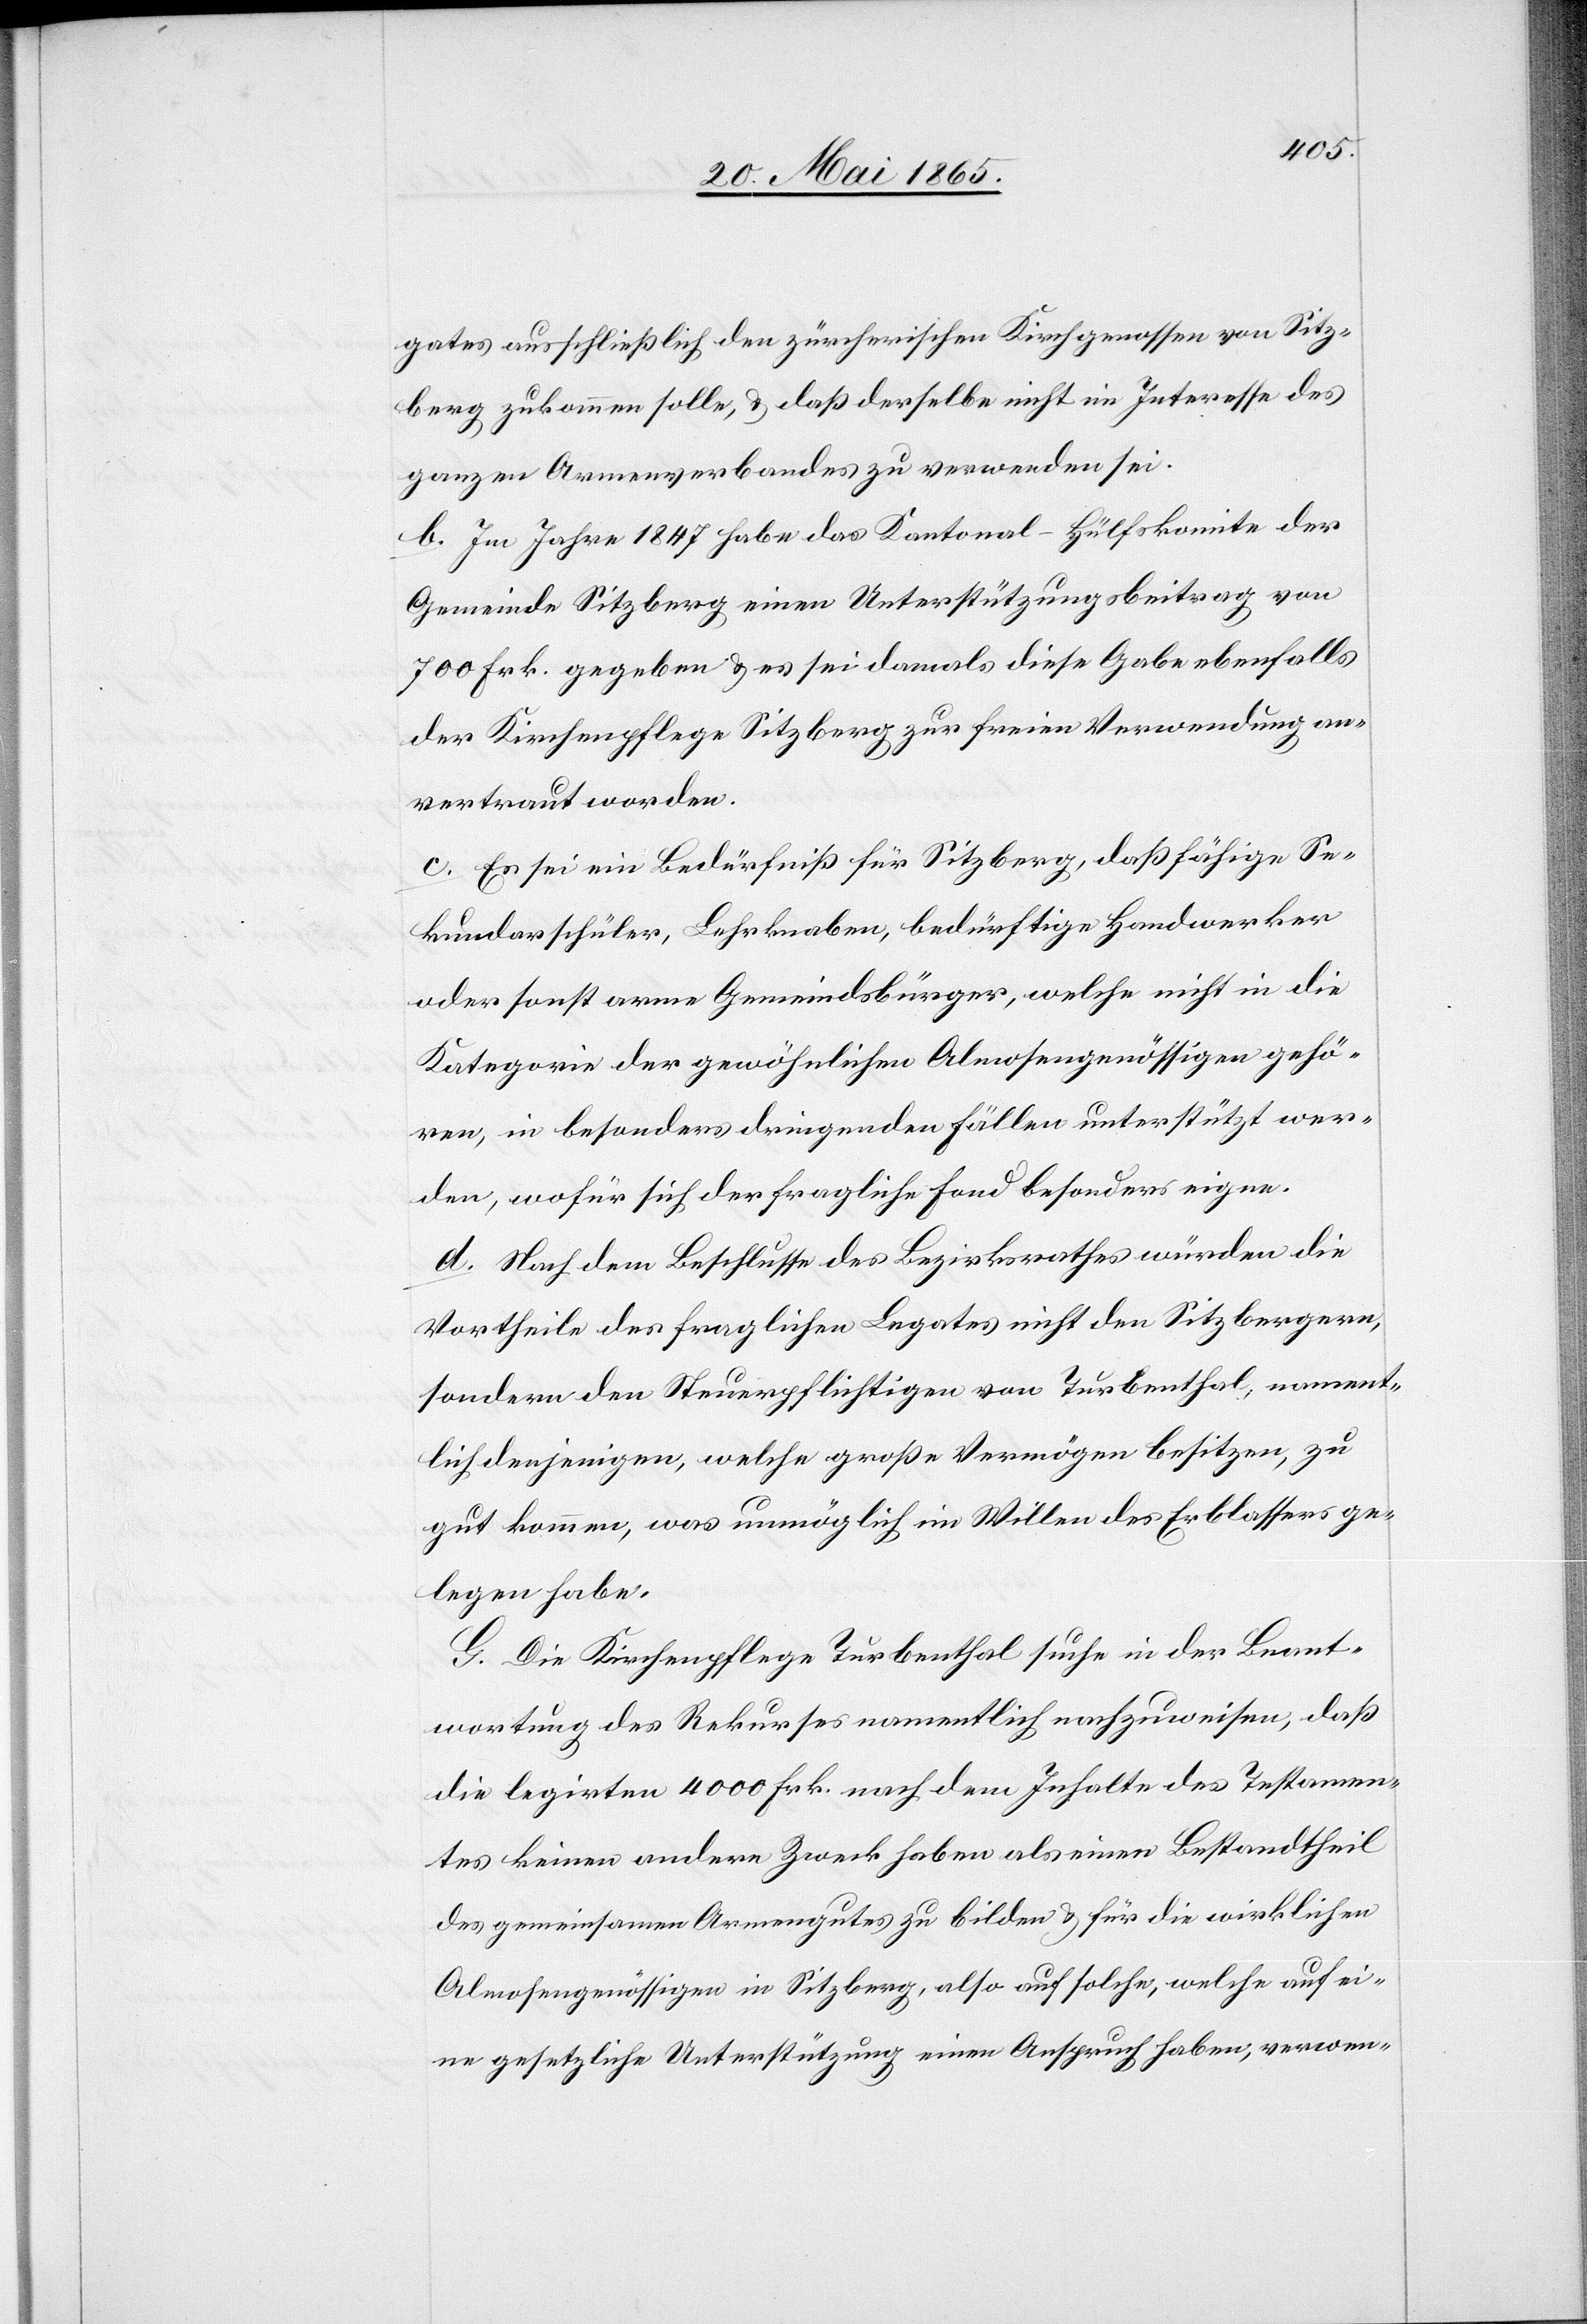
gates ausschließlich den zürcherischen Kirchgenossen von Sitz¬
berg zukommen solle, & daß derselbe nicht im Interesse des
ganzen Armenverbandes zu verwenden sei.
b. Im Jahre 1847 habe das Kantonal-Hülfskomite der
Gemeinde Sitzberg einen Unterstützungsbeitrag von
700 Frk. gegeben & es sei damals diese Gabe ebenfalls
der Kirchenpflege Sitzberg zur freien Verwendung an¬
vertraut worden.
c. Es sei ein Bedürfniß für Sitzberg, daß fähige Se¬
kundarschüler, Lehrknaben, bedürftige Handwerker
oder sonst arme Gemeindsbürger, welche nicht in die
Kategorie der gewöhnlichen Almosengenössigen gehö¬
ren, in besonders dringenden Fällen unterstützt wer¬
den, wofür sich der fragliche Fond besonders eigne.
d. Nach dem Beschlusse des Bezirksrathes würden die
Vortheile des fraglichen Legates nicht den Sitzbergern,
sondern den Steuerpflichtigen von Turbenthal, nament¬
lich denjenigen, welche große Vermögen besitzen, zu
gut kommen, was unmöglich im Willen des Erblassers ge¬
legen habe.
G. Die Kirchenpflege Turbenthal suche in der Beant¬
wortung des Rekurses namentlich nachzuweisen, daß
die legirten 4000 Frk. nach dem Inhalte des Testamen¬
tes keinen andern Zweck haben als einen Bestandtheil
des gemeinsamen Armengutes zu bilden & für die wirklichen
Almosengenössigen in Sitzberg, also auf solche, welche auf ei¬
ne gesetzliche Unterstützung einen Anspruch haben, verwen-